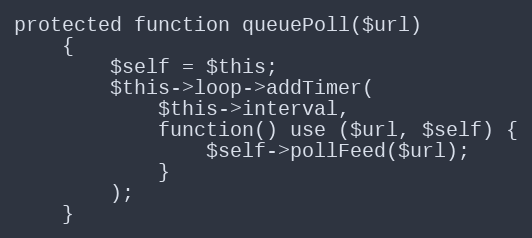
Language: PHP
protected function queuePoll($url)
    {
        $self = $this;
        $this->loop->addTimer(
            $this->interval,
            function() use ($url, $self) {
                $self->pollFeed($url);
            }
        );
    }